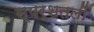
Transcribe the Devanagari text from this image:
स्पर्शतलों